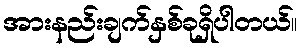
အားနည်းချက်နှစ်ခုရှိပါတယ်။